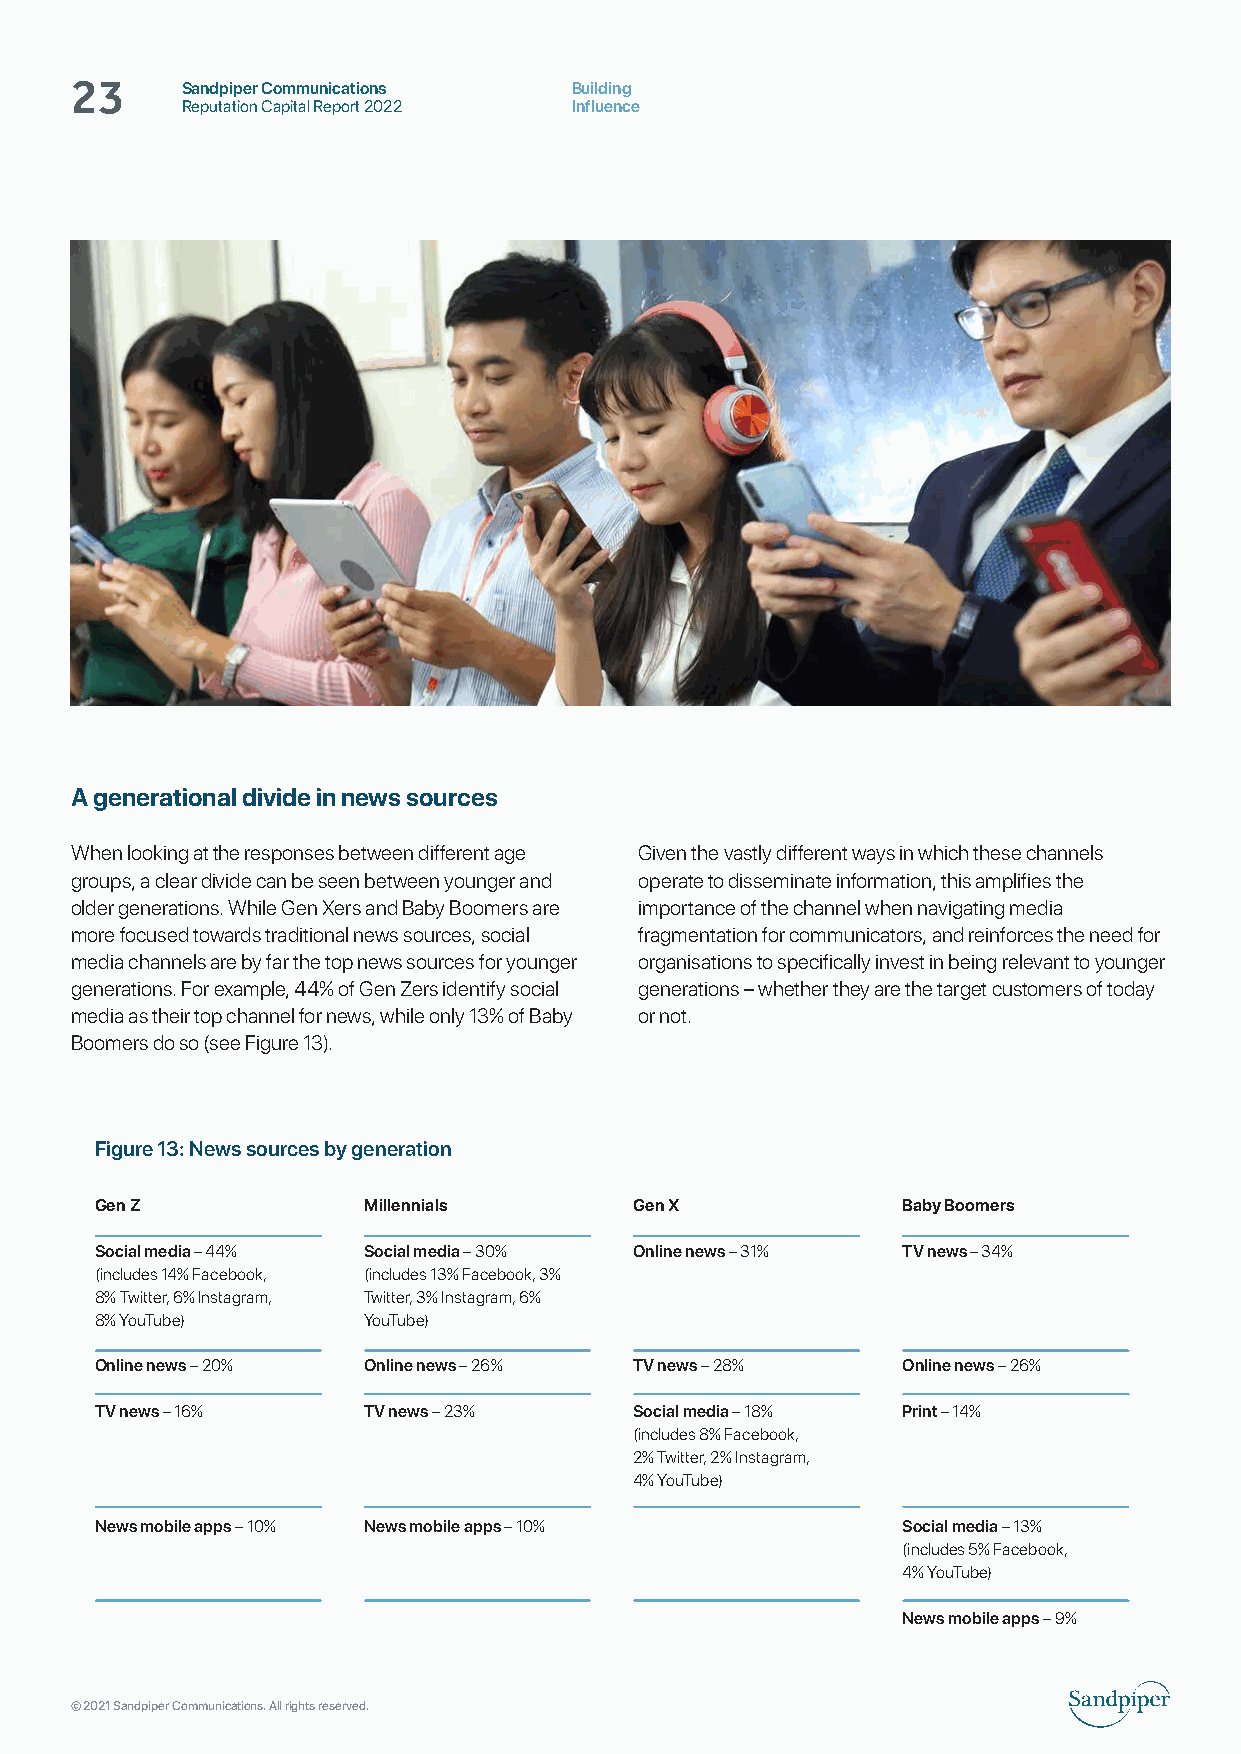
Sandpiper Communications  Building
 23     Reputation Capital Report 2022 Influence
 A generational divide in news sources
 When looking at the responses between different age Given the vastly different ways in which these channels
 groups, a clear divide can be seen between younger and operate to disseminate information, this amplifies the
 older generations. While Gen Xers and Baby Boomers are importance of the channel when navigating media
 more focused towards traditional news sources, social fragmentation for communicators, and reinforces the need for
 media channels are by far the top news sources for younger organisations to specifically invest in being relevant to younger
 generations. For example, 44% of Gen Zers identify social generations – whether they are the target customers of today
 media as their top channel for news, while only 13% of Baby or not.
 Boomers do so (see Figure 13).
 Figure 13: News sources by generation
 Gen Z             Millennials       Gen X             Baby Boomers
 Social media – 44% Social media – 30% Online news – 31% TV news – 34%
 (includes 14% Facebook, (includes 13% Facebook, 3%
 8% Twitter, 6% Instagram, Twitter, 3% Instagram, 6%
 8% YouTube)       YouTube)
 Online news – 20% Online news – 26% TV news – 28%     Online news – 26%
 TV news – 16%     TV news – 23%     Social media – 18% Print – 14%
 (includes 8% Facebook,
 2% Twitter, 2% Instagram,
 4% YouTube)
 News mobile apps – 10% News mobile apps – 10%         Social media – 13%
 (includes 5% Facebook,
 4% YouTube)
 News mobile apps – 9%
 © 2021 Sandpiper Communications. All rights reserved.